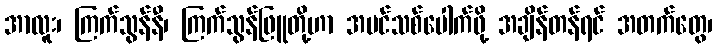
အာလူး၊ ကြက်သွန်နီ၊ ကြက်သွန်ဖြူတို့ဟာ အပင်သစ်ပေါက်ဖို့ အချိန်တန်ရင် အတက်တွေ၊